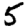
Digit: 5